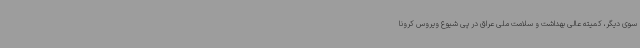
سوی دیگر، کمیته عالی بهداشت و سلامت ملی عراق در پی شیوع ویروس کرونا